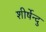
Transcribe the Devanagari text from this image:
शीर्षेन्दु